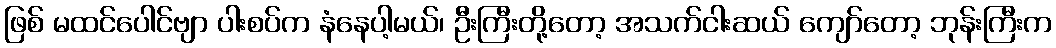
ဖြစ် မထင်ပေါင်ဗျာ ပါးစပ်က နံနေပါ့မယ်၊ ဦးကြီးတို့တော့ အသက်ငါးဆယ် ကျော်တော့ ဘုန်းကြီးက